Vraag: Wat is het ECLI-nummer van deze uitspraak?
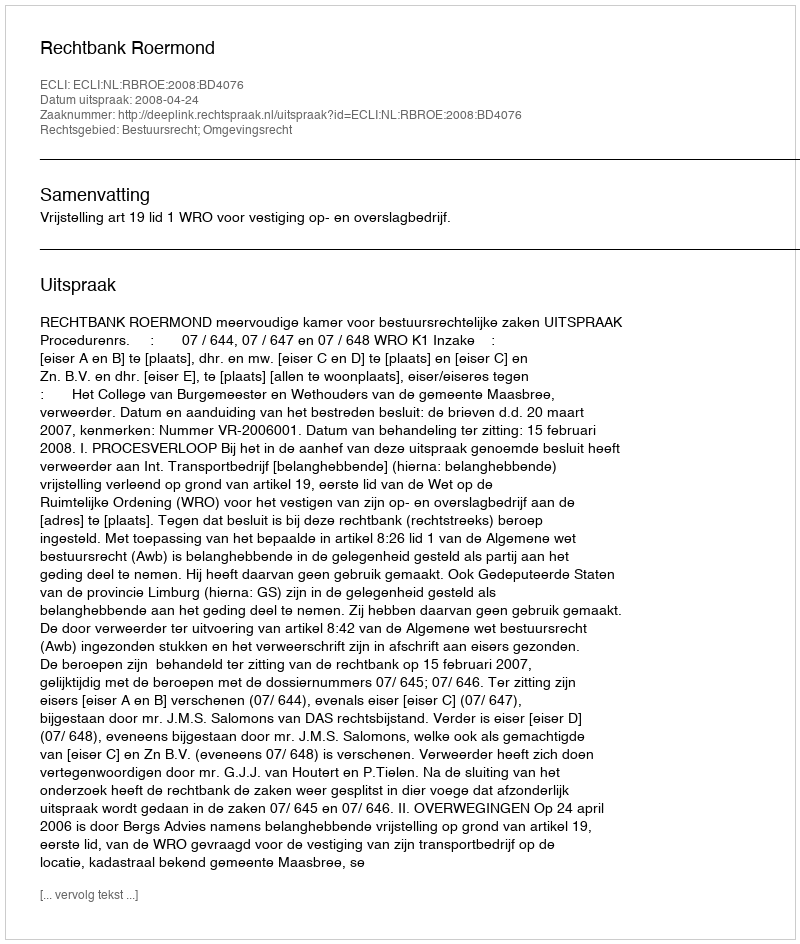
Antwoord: ECLI:NL:RBROE:2008:BD4076